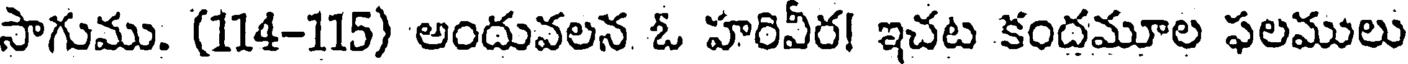
సాగుము. (114-115) అందువలన ఓ హరివీర! ఇచట కందమూల ఫలములు